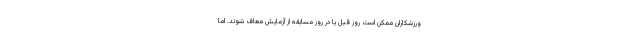
ورزشکاران ممکن است روز قبل یا در روز مسابقه از آزمایش معاف شوند. اما